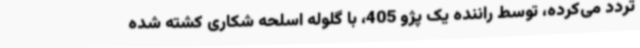
تردد می‌کرده، توسط راننده یک پژو 405، با گلوله اسلحه شکاری کشته شده